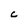
Character: c